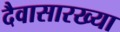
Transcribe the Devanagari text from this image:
दैवासारख्या